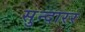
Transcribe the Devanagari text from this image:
सुन्दारर